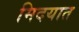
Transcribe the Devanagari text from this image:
मिदयात